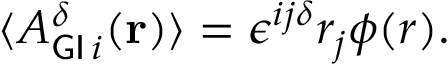
{ \langle } A _ { { \sf G I } \, i } ^ { \delta } ( { \bf { r } } ) \rangle = { \epsilon } ^ { i j { \delta } } r _ { j } { \phi } ( r ) .